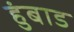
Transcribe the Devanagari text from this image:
हुंबाड